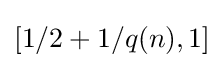
[1/2+1/q(n),1]